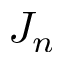
J _ { n }